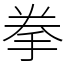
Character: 拳